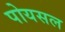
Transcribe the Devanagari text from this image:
पोयसल